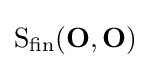
{\text{S}}_{\text{fin}}(\mathbf {O} ,\mathbf {O} )